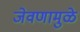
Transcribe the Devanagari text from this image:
जेवणामुळे